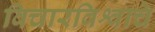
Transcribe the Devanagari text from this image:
विचारविश्वाचे